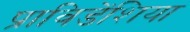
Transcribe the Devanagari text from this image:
प्राविडेंशिया